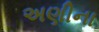
અણીના